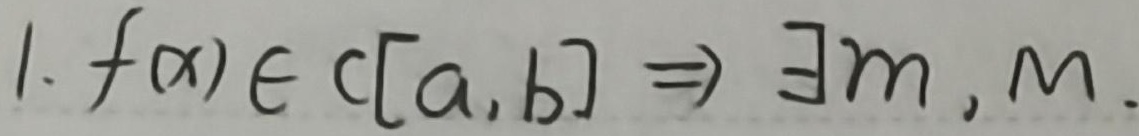
1. $f(x)\in C[a,b]\Rightarrow\exists m,M.$